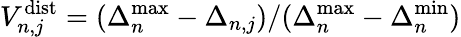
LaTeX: V_{n,j}^{\mathrm{dist}}=(\Delta_{n}^{\mathrm{max}}-\Delta_{n,j})/(\Delta_{n}^{\mathrm{max}}-\Delta_{n}^{\mathrm{min}})